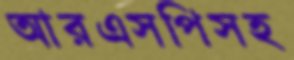
আরএসপিসহ